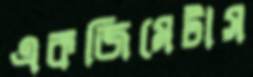
একজিমেটাস